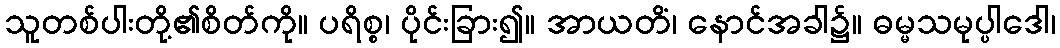
သူတစ်ပါးတို့၏စိတ်ကို။ ပရိစ္စ၊ ပိုင်းခြား၍။ အာယတိံ၊ နောင်အခါ၌။ ဓမ္မသမုပ္ပါဒေါ၊